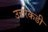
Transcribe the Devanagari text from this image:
उत्तरेकडी